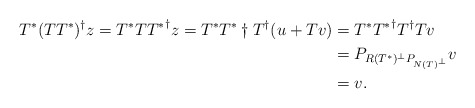
\begin{align*}T^*(TT^*)^{\dagger}z=T^*T{T^*}^{\dagger}z=T^*{T^*}\dagger T^{\dagger}(u+Tv)&=T^*{T^*}^{\dagger}T^{\dagger}Tv\\ &=P_{R(T^*)^{\bot}P_{N(T)^{\bot}}}v\\ &=v.\end{align*}